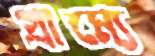
গ্রাম্যে